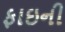
ફાઇની